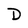
Character: D